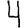
Digit: 4